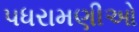
પધરામણીઓ